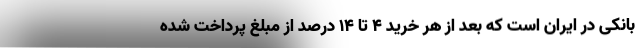
بانکی در ایران است که بعد از هر خرید 4 تا 14 درصد از مبلغ پرداخت شده